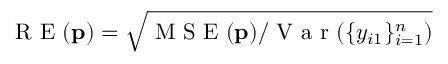
\mathrm { ~ R ~ E ~ } ( \mathbf { p } ) = \sqrt { \mathrm { ~ M ~ S ~ E ~ } ( \mathbf { p } ) / \mathrm { ~ V ~ a ~ r ~ } ( \{ y _ { i 1 } \} _ { i = 1 } ^ { n } ) }